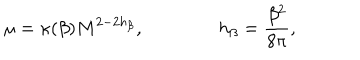
LaTeX: \mu = \kappa ( \beta ) M ^ { 2 - 2 h _ { \beta } } , \qquad \qquad h _ { \beta } = \frac { \beta ^ { 2 } } { 8 \pi } ,